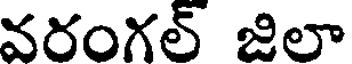
వరంగల్ జిలా